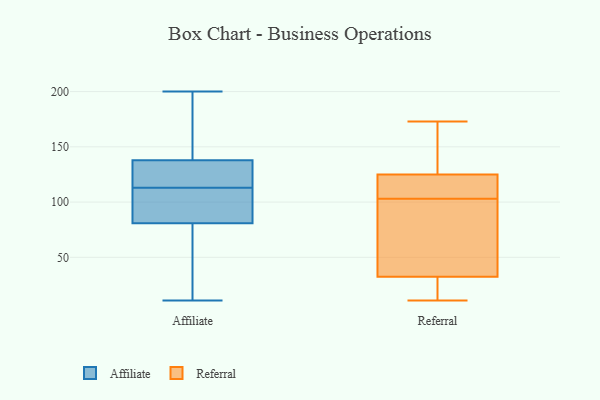
{"axis": {"x": "Bounce Rate (%)", "y": "Value"}, "legend": ["Affiliate", "Referral"], "data": [{"x": "", "y": 200, "type": "Affiliate"}, {"x": "", "y": 133, "type": "Affiliate"}, {"x": "", "y": 32, "type": "Affiliate"}, {"x": "", "y": 126, "type": "Affiliate"}, {"x": "", "y": 129, "type": "Affiliate"}, {"x": "", "y": 152, "type": "Affiliate"}, {"x": "", "y": 61, "type": "Affiliate"}, {"x": "", "y": 112, "type": "Affiliate"}, {"x": "", "y": 80, "type": "Affiliate"}, {"x": "", "y": 106, "type": "Affiliate"}, {"x": "", "y": 11, "type": "Affiliate"}, {"x": "", "y": 81, "type": "Affiliate"}, {"x": "", "y": 192, "type": "Affiliate"}, {"x": "", "y": 132, "type": "Affiliate"}, {"x": "", "y": 113, "type": "Affiliate"}, {"x": "", "y": 178, "type": "Affiliate"}, {"x": "", "y": 102, "type": "Affiliate"}, {"x": "", "y": 111, "type": "Referral"}, {"x": "", "y": 97, "type": "Referral"}, {"x": "", "y": 129, "type": "Referral"}, {"x": "", "y": 14, "type": "Referral"}, {"x": "", "y": 109, "type": "Referral"}, {"x": "", "y": 15, "type": "Referral"}, {"x": "", "y": 123, "type": "Referral"}, {"x": "", "y": 75, "type": "Referral"}, {"x": "", "y": 173, "type": "Referral"}, {"x": "", "y": 11, "type": "Referral"}, {"x": "", "y": 127, "type": "Referral"}, {"x": "", "y": 50, "type": "Referral"}]}